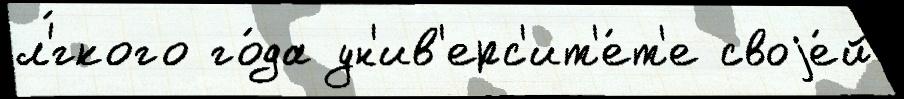
л'́гкого го́да ун'ив'ерс'ит'е́т'е своjе́й